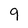
Character: 9